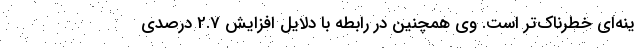
ینه‌ای خطرناک‌تر است. وی همچنین در رابطه با دلایل افزایش 2.7 درصدی